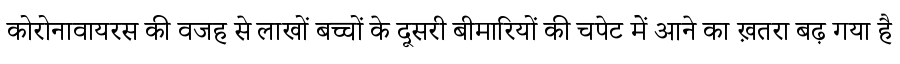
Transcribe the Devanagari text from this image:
कोरोनावायरस की वजह से लाखों बच्चों के दूसरी बीमारियों की चपेट में आने का ख़तरा बढ़ गया है